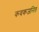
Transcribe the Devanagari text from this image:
कवकजनित